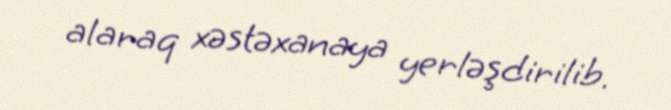
alaraq xəstəxanaya yerləşdirilib.